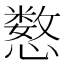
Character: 𫻍